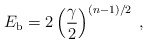
\begin{align*}E_{\rm b} = 2\left({ \gamma \over 2}\right)\sp {(n-1)/2}\;,\end{align*}